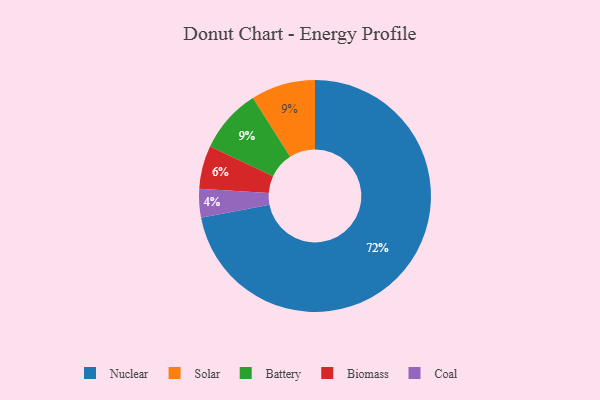
{"axis": {"x": "Category", "y": "Percentage"}, "legend": ["Battery", "Biomass", "Coal", "Nuclear", "Solar"], "data": [{"x": "Nuclear", "y": 72, "type": "Nuclear"}, {"x": "Coal", "y": 4, "type": "Coal"}, {"x": "Solar", "y": 9, "type": "Solar"}, {"x": "Biomass", "y": 6, "type": "Biomass"}, {"x": "Battery", "y": 9, "type": "Battery"}]}